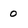
Character: 0